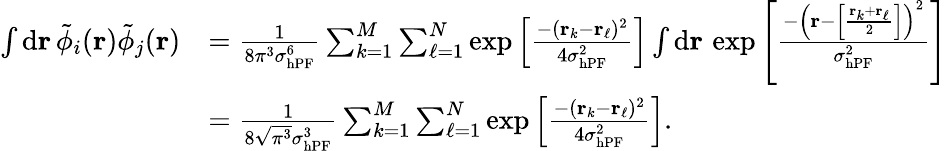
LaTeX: \begin{array}{rl}{\int\mathrm{d}\mathbf{r}\, \tilde{\phi}_{i}(\mathbf{r})\tilde{\phi}_{j}(\mathbf{r})}&{=\frac{1}{8\pi^{3}\sigma_{\mathrm{hPF}}^{6}}\sum_{k=1}^{M}\sum_{\ell=1}^{N}\exp\left[\frac{-(\mathbf{r}_{k}-\mathbf{r}_{\ell})^{2}}{4\sigma_{\mathrm{hPF}}^{2}}\right]\int\mathrm{d}\mathbf{r}\, \exp\left[\frac{-\left(\mathbf{r}-\left[\frac{\mathbf{r}_{k}+\mathbf{r}_{\ell}}{2}\right]\right)^{2}}{\sigma_{\mathrm{hPF}}^{2}}\right]}\\ &{=\frac{1}{8\sqrt{\pi^{3}}\sigma_{\mathrm{hPF}}^{3}}\sum_{k=1}^{M}\sum_{\ell=1}^{N}\exp\left[\frac{-(\mathbf{r}_{k}-\mathbf{r}_{\ell})^{2}}{4\sigma_{\mathrm{hPF}}^{2}}\right].}\end{array}